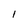
Character: 1